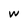
Character: w